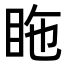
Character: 𥅓